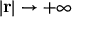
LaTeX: | \mathbf { r } | \to + \infty